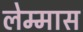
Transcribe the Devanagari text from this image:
लेम्मास